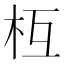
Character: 枑